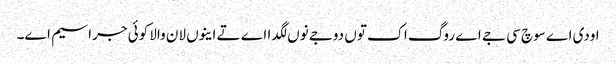
اودی اے سوچ سی جے اے روگ اک توں دوجے نوں لگدا اے تے اینوں لان والا کوئی جراسیم اے۔